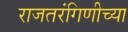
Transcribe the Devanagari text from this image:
राजतरंगिणीच्या